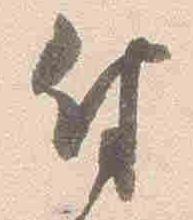
付